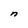
Character: n